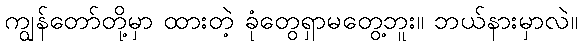
ကျွန်တော်တို့မှာ ထားတဲ့ ခုံတွေရှာမတွေ့ဘူး။ ဘယ်နားမှာလဲ။